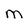
Character: M